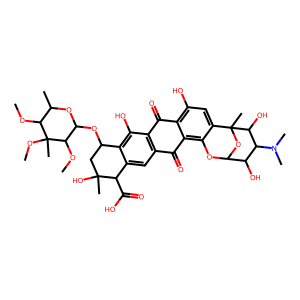
SMILES: COC1C(C)OC(OC2CC(C)(O)C(C(=O)O)c3cc4c(c(O)c32)C(=O)c2c(O)cc3c(c2C4=O)OC2OC3(C)C(O)C(N(C)C)C2O)C(OC)C1(C)OC
Inhibits HIV replication: No